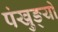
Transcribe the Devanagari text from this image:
पंखुङ्यों